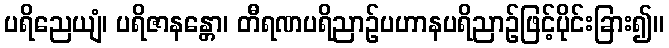
ပရိညေယျံ၊ ပရိဇာနန္တော၊ တီရဏပရိညာဉ်ပဟာနပရိညာဉ်ဖြင့်ပိုင်းခြား၍။